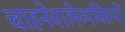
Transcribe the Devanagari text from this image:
चाहनेवालेव्यक्तियों